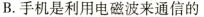
B.手机是利用电磁波来通信的